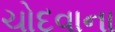
ચોદવાના